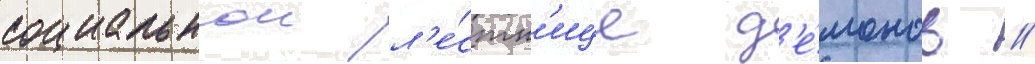
социальнои л'е́стн'ице д'е́монов //